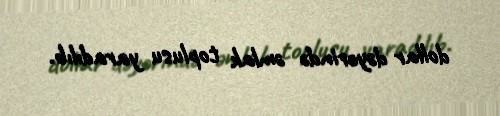
dollar dəyərində əmlak toplusu yaradılıb.